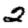
Digit: 2